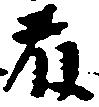
藤